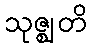
သုဇ္ဈတိ